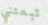
تبعتني